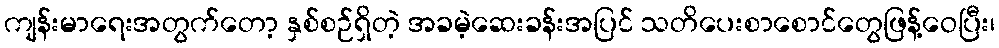
ကျန်းမာရေးအတွက်တော့ နှစ်စဉ်ရှိတဲ့ အခမဲ့ဆေးခန်းအပြင် သတိပေးစာစောင်တွေဖြန့်ဝေပြီး၊